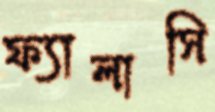
ফ্যালাসি